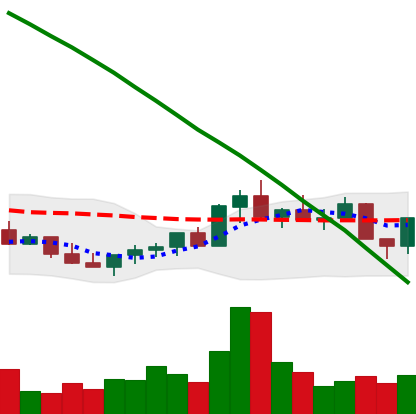
Ticker: LINK-USD
Chart end date: 2022-07-27
Forward return: 10.67%
Label: up_7plus